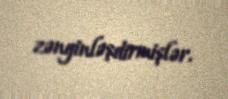
zənginləşdirmişlər.